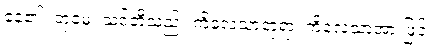
နေ၏။ တုမှေ၊ သင်တို့သည်။ ကိလေသာတုရာ၊ ကိလေသာအားဖြင့်